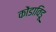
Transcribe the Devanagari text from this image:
कोंडाविडू